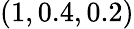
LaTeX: (1,0.4,0.2)